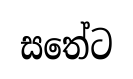
සතේට